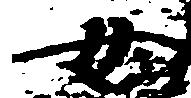
女